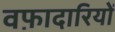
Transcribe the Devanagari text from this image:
वफ़ादारियों